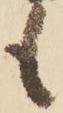
も